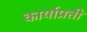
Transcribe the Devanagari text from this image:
कार्याप्रती